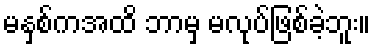
မနှစ်ကအထိ ဘာမှ မလုပ်ဖြစ်ခဲ့ဘူး။